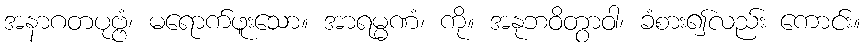
အနာဂတပုဗ္ဗံ၊ မရောက်ဖူးသော။ အာရမ္မဏံ၊ ကို။ အနုဘဝိတွာဝါ၊ ခံစား၍လည်း ကောင်း။